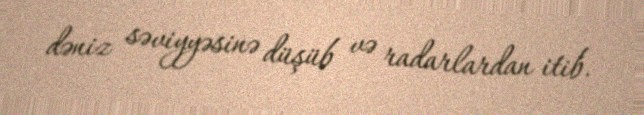
dəniz səviyyəsinə düşüb və radarlardan itib.